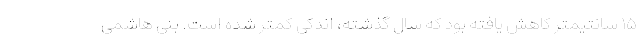
۱۵ سانتیمتر کاهش یافته بود که سال گذشته، اندکی کمتر شده است. بنی هاشمی